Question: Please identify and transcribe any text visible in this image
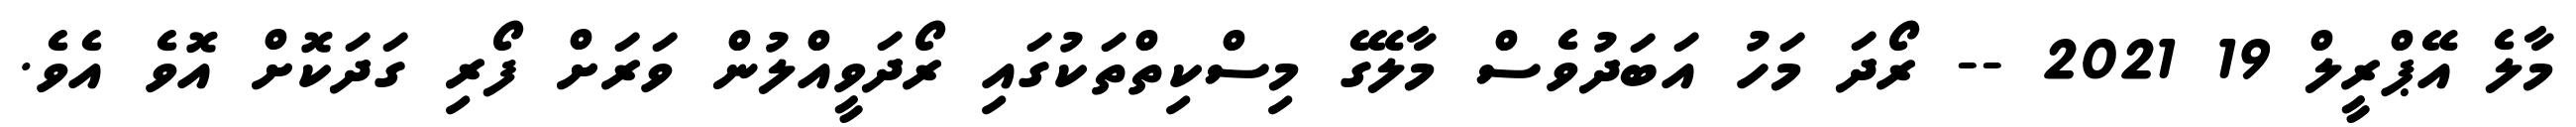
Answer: މާލެ އޭޕްރީލް 19 2021 -- ރޯދަ މަހު އަބަދުވެސް މާލޭގެ މިސްކިތްތަކުގައި ރޯދަވީއްލުން ވަރަށް ފޯރި ގަދަކޮށް އޮވެ އެވެ.